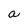
Character: a